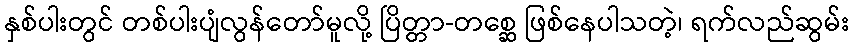
နှစ်ပါးတွင် တစ်ပါးပျံလွန်တော်မူလို့ ပြိတ္တာ-တစ္ဆေ ဖြစ်နေပါသတဲ့၊ ရက်လည်ဆွမ်း